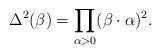
LaTeX: \begin{align*}\Delta^2 (\beta)= \prod_{\alpha>0} (\beta\cdot \alpha)^2.\end{align*}